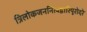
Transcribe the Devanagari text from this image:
त्रिलोकजननित्वद्वारिपूरोदरे